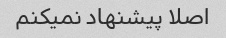
اصلا پیشنهاد نمیکنم